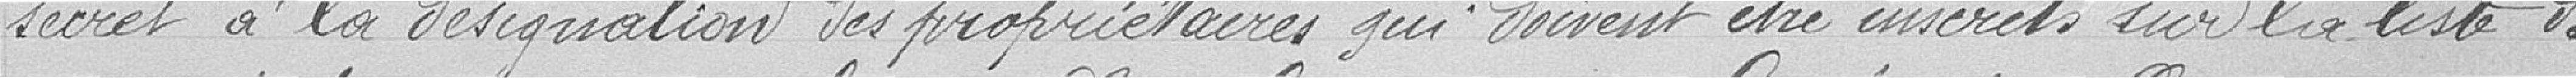
secret à la désignation des propriétaires qui doivent être inscrits sur la liste de